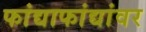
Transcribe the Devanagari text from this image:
फांद्याफांद्यांवर